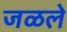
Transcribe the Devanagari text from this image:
जळले